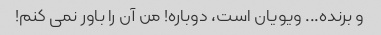
و برنده... ویویان است، دوباره! من آن را باور نمی کنم!